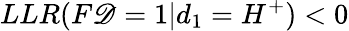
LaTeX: LLR(F\mathscr{D}=1|d_{1}=H^{+})<0